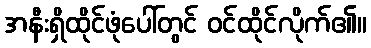
အနီးရှိထိုင်ဖုံပေါ်တွင် ဝင်ထိုင်လိုက်၏။